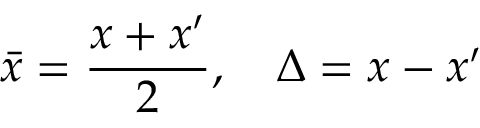
\bar { x } = { \frac { x + x ^ { \prime } } { 2 } } , \quad \Delta = x - x ^ { \prime }